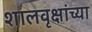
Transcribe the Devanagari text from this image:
शालवृक्षांच्या